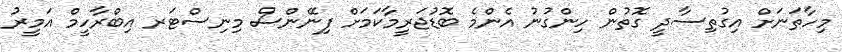
މިހާތަނަށް އިގުތިސާދީ ގޮތުން ހިންގުނު އެންމެ ބޮޑުޖަރީމާކަމަށް ފިނޭންސް މިނިސްޓަރ އިބްރާހީމް އަމީރު